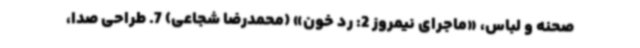
صحنه و لباس، «ماجرای نیمروز 2: رد خون» (محمدرضا شجاعی) 7. طراحی صدا،